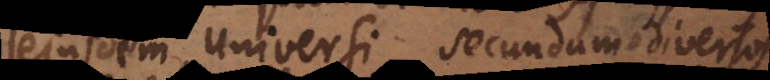
ejusdem Universi, secundum diversos